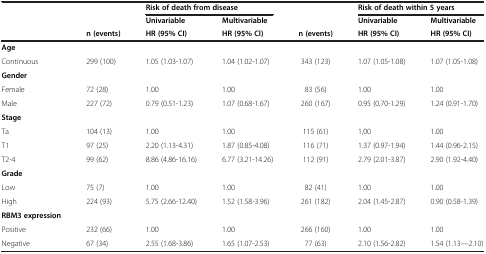
<table><thead><tr><td>[EMPTY_CELL]</td><td>[EMPTY_CELL]</td><td colspan="2"><b>Risk of death from disease</b></td><td>[EMPTY_CELL]</td><td colspan="2"><b>Risk of death within 5 years</b></td></tr><tr><td>[EMPTY_CELL]</td><td>[EMPTY_CELL]</td><td><b>Univariable</b></td><td><b>Multivariable</b></td><td>[EMPTY_CELL]</td><td><b>Univariable</b></td><td><b>Multivariable</b></td></tr><tr><td>[EMPTY_CELL]</td><td><b>n (events)</b></td><td><b>HR (95% CI)</b></td><td><b>HR (95% CI)</b></td><td><b>n (events)</b></td><td><b>HR (95% CI)</b></td><td><b>HR (95% CI)</b></td></tr></thead><tbody><tr><td><b>Age</b></td><td>[EMPTY_CELL]</td><td>[EMPTY_CELL]</td><td>[EMPTY_CELL]</td><td>[EMPTY_CELL]</td><td>[EMPTY_CELL]</td><td>[EMPTY_CELL]</td></tr><tr><td>Continuous</td><td>299 (100)</td><td>1.05 (1.03-1.07)</td><td>1.04 (1.02-1.07)</td><td>343 (123)</td><td>1.07 (1.05-1.08)</td><td>1.07 (1.05-1.08)</td></tr><tr><td><b>Gender</b></td><td>[EMPTY_CELL]</td><td>[EMPTY_CELL]</td><td>[EMPTY_CELL]</td><td>[EMPTY_CELL]</td><td>[EMPTY_CELL]</td><td>[EMPTY_CELL]</td></tr><tr><td>Female</td><td>72 (28)</td><td>1.00</td><td>1.00</td><td>83 (56)</td><td>1.00</td><td>1.00</td></tr><tr><td>Male</td><td>227 (72)</td><td>0.79 (0.51-1.23)</td><td>1.07 (0.68-1.67)</td><td>260 (167)</td><td>0.95 (0.70-1.29)</td><td>1.24 (0.91-1.70)</td></tr><tr><td><b>Stage</b></td><td>[EMPTY_CELL]</td><td>[EMPTY_CELL]</td><td>[EMPTY_CELL]</td><td>[EMPTY_CELL]</td><td>[EMPTY_CELL]</td><td>[EMPTY_CELL]</td></tr><tr><td>Ta</td><td>104 (13)</td><td>1.00</td><td>1.00</td><td>115 (61)</td><td>1,00</td><td>1.00</td></tr><tr><td>T1</td><td>97 (25)</td><td>2.20 (1.13-4.31)</td><td>1.87 (0.85-4.08)</td><td>116 (71)</td><td>1.37 (0.97-1.94)</td><td>1.44 (0.96-2.15)</td></tr><tr><td>T2-4</td><td>99 (62)</td><td>8.86 (4.86-16.16)</td><td>6.77 (3.21-14.26)</td><td>112 (91)</td><td>2.79 (2.01-3.87)</td><td>2.90 (1.92-4.40)</td></tr><tr><td><b>Grade</b></td><td>[EMPTY_CELL]</td><td>[EMPTY_CELL]</td><td>[EMPTY_CELL]</td><td>[EMPTY_CELL]</td><td>[EMPTY_CELL]</td><td>[EMPTY_CELL]</td></tr><tr><td>Low</td><td>75 (7)</td><td>1.00</td><td>1.00</td><td>82 (41)</td><td>1.00</td><td>1.00</td></tr><tr><td>High</td><td>224 (93)</td><td>5.75 (2.66-12.40)</td><td>1.52 (1.58-3.96)</td><td>261 (182)</td><td>2.04 (1.45-2.87)</td><td>0.90 (0.58-1.39)</td></tr><tr><td><b>RBM3 expression</b></td><td>[EMPTY_CELL]</td><td>[EMPTY_CELL]</td><td>[EMPTY_CELL]</td><td>[EMPTY_CELL]</td><td>[EMPTY_CELL]</td><td>[EMPTY_CELL]</td></tr><tr><td>Positive</td><td>232 (66)</td><td>1.00</td><td>1.00</td><td>266 (160)</td><td>1.00</td><td>1.00</td></tr><tr><td>Negative</td><td>67 (34)</td><td>2.55 (1.68-3.86)</td><td>1.65 (1.07-2.53)</td><td>77 (63)</td><td>2.10 (1.56-2.82)</td><td>1.54 (1.13—2.10)</td></tr></tbody></table>